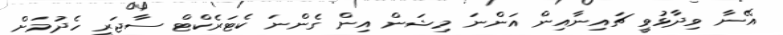
އޭނާ ވިދާޅުވީ ޗައިނާއިން އަންނަ މިޝަން އިން ގެންނަ ކެޓަރެކްޓް ސާޖަރީ ހެދުމަށް